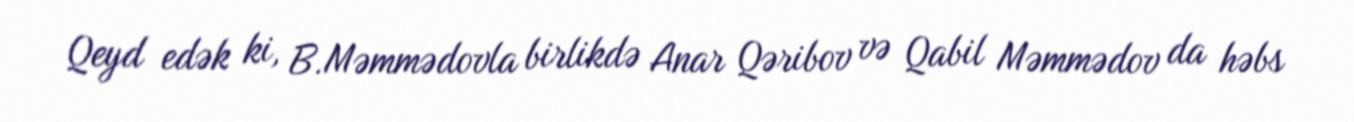
Qeyd edək ki, B.Məmmədovla birlikdə Anar Qəribov və Qabil Məmmədov da həbs